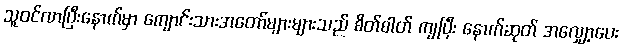
သူဝင်လာပြီးနောက်မှာ ကျောင်းသားအတော်များများသည် စိတ်ဓါတ် ကျပြီး နောက်ဆုတ် အလျှော့ပေး